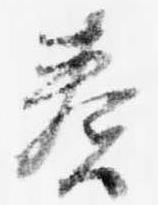
奏